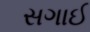
સગાઈ